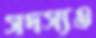
সদস্যও